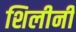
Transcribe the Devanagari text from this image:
शिलीनी